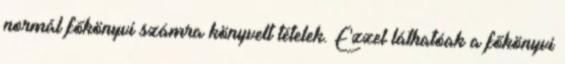
normál főkönyvi számra könyvelt tételek. Ezzel láthatóak a főkönyvi